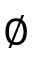
\varnothing